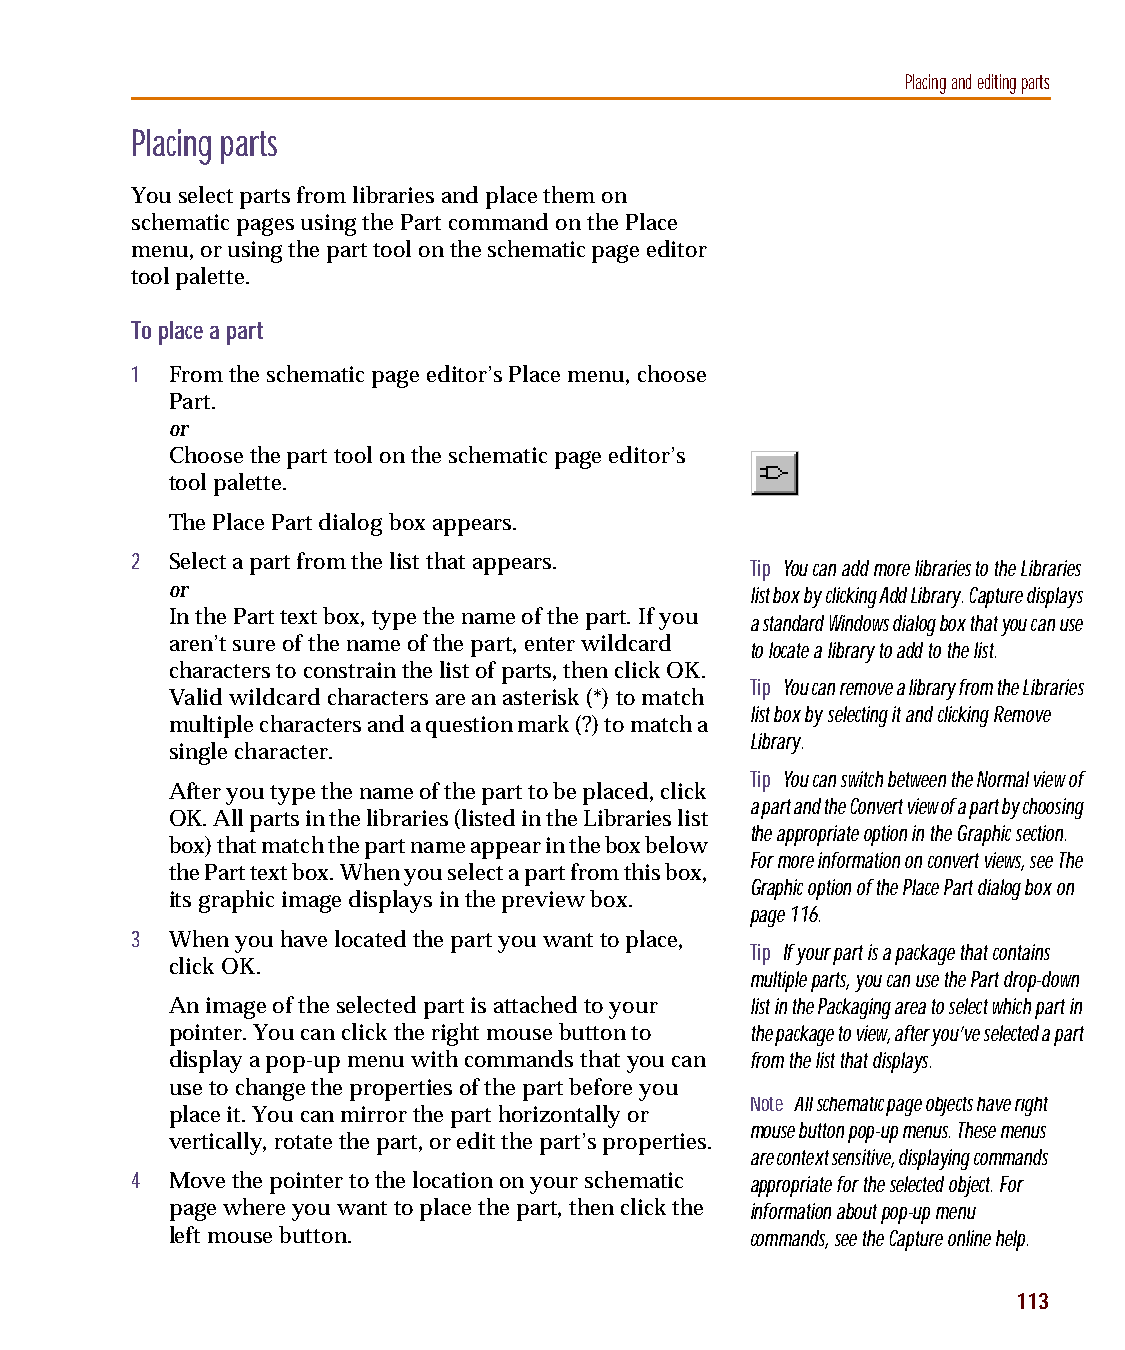
capug.book Page 113 Thursday, November 12, 1998 3:38 PM
 Placing and editing parts
 Placing parts
 You select parts from libraries and place them on
 schematic pages using the Part command on the Place
 menu, or using the part tool on the schematic page editor
 tool palette.
 To place a part
 1 From the schematic page editor’s Place menu, choose
 Part.
 or
 Choose the part tool on the schematic page editor’s
 tool palette.
 The Place Part dialog box appears.
 2 Select a part from the list that appears. Tip You can add more libraries to the Libraries
 or                                     list box by clicking Add Library. Capture displays
 In the Part text box, type the name of the part. If you
 a standard Windows dialog box that you can use
 aren’t sure of the name of the part, enter wildcard to locate a library to add to the list.
 characters to constrain the list of parts, then click OK.
 Tip You can remove a library from the Libraries
 Valid wildcard characters are an asterisk (*) to match
 list box by selecting it and clicking Remove
 multiple characters and a question mark (?) to match a
 Library.
 single character.
 Tip You can switch between the Normal view of
 After you type the name of the part to be placed, click
 a part and the Convert view of a part by choosing
 OK. All parts in the libraries (listed in the Libraries list
 the appropriate option in the Graphic section.
 box) that match the part name appear in the box below
 For more information on convert views, see The
 the Part text box. When you select a part from this box,
 Graphic option of the Place Part dialog box on
 its graphic image displays in the preview box.
 page116.
 3 When you have located the part you want to place,
 Tip If your part is a package that contains
 click OK.
 multiple parts, you can use the Part drop-down
 An image of the selected part is attached to your list in the Packaging area to select which part in
 pointer. You can click the right mouse button to the package to view, after you’ve selected a part
 display a pop-up menu with commands that you can from the list that displays.
 use to change the properties of the part before you
 Note All schematic page objects have right
 place it. You can mirror the part horizontally or
 mouse button pop-up menus. These menus
 vertically, rotate the part, or edit the part’s properties.
 are context sensitive, displaying commands
 4 Move the pointer to the location on your schematic appropriate for the selected object. For
 page where you want to place the part, then click the information about pop-up menu
 left mouse button.                     commands, see the Capture online help.
 113